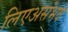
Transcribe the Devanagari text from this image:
लिएअसंभव